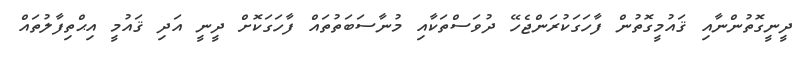
ދީނީގޮތުންނާއި ޤައުމީގޮތުން ފާހަގަކުރަންޖެހޭ ދުވަސްތަކާއި މުނާސަބަތުތައް ފާހަގަކޮށް ދީނީ އަދި ޤައުމީ އިޙްތިފާލުތައް